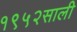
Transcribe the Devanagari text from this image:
१९५२साली